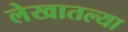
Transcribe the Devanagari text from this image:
लेखातल्या